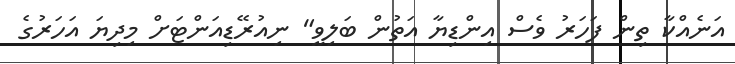
އަނެއްކާ ތިން ފަހަރު ވެސް އިންޑިޔާ އަތުން ބަލިވީ" ނިއުރޭޑިއަންޓަށް މިދިޔަ އަހަރުގެ